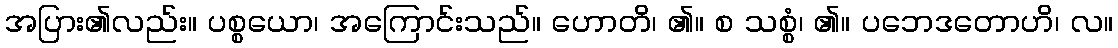
အပြား၏လည်း။ ပစ္စယော၊ အကြောင်းသည်။ ဟောတိ၊ ၏။ စ သစ္စံ၊ ၏။ ပဘေဒတောဟိ၊ လ။